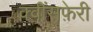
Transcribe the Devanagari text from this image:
क्वींसफ़ेरी